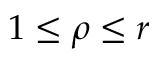
1 \le \rho \le r